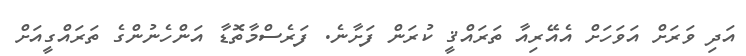
އަދި ވަރަށް އަވަހަށް އެއޭރިއާ ތަރައްޤީ ކުރަން ފަށާނެ. ފަރެސްމާތޮޑާ އަންހެނުންގެ ތަރައްގީއަށް